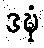
ဒဍ္ဎံ